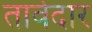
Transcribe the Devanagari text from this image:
तावेदार